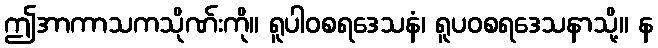
ဤအာကာသကသိုဏ်းကို။ ရူပါဝစရဒေသနံ၊ ရူပဝစရဒေသနာသို့။ န